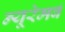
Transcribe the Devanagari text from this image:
न्यूरेमर्ब